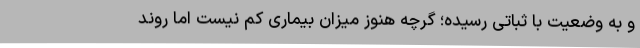
و به وضعیت با ثباتی رسیده؛ گرچه هنوز میزان بیماری کم نیست اما روند